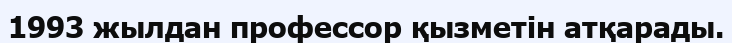
1993 жылдан профессор қызметін атқарады.